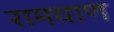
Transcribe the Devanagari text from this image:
रामयाण